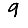
Digit: 9